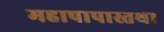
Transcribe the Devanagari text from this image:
महापापास्तथा